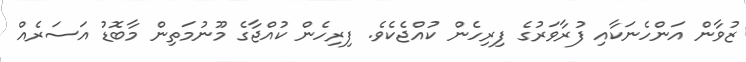
ޒުވާން އަންހެނަކާއި ފުރާވަރުގެ ފިރިހެން ކުއްޖެކެވެ. ފިރިހެން ކުއްޖާގެ މޫނުމަތިން މާބޮޑު އަސަރެއް